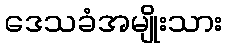
ဒေသခံအမျိုးသား